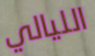
الليالي